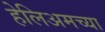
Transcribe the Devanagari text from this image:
हेलिअमच्या